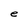
Character: e